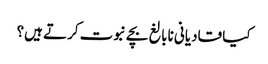
کیا قادیانی نابالغ بچے نبوت کرتے ہیں؟